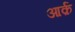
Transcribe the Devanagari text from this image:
आर्क़